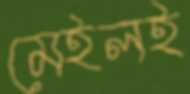
মেইলই